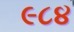
૯૮૪